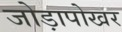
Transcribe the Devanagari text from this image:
जोड़ापोखर